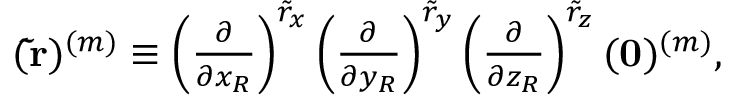
\begin{array} { r } { ( \mathbf { \tilde { r } } ) ^ { ( m ) } \equiv \left( \frac { \partial } { \partial x _ { R } } \right) ^ { \tilde { r } _ { x } } \left( \frac { \partial } { \partial y _ { R } } \right) ^ { \tilde { r } _ { y } } \left( \frac { \partial } { \partial z _ { R } } \right) ^ { \tilde { r } _ { z } } ( \mathbf { 0 } ) ^ { ( m ) } , } \end{array}